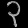
Digit: ၃